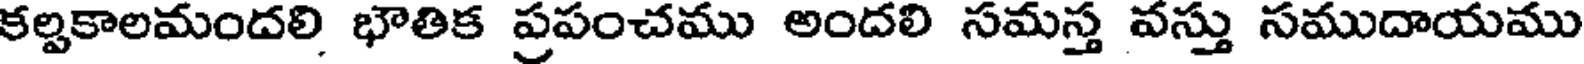
కల్పకాలమందలి భౌతిక ప్రపంచము అందలి సమస్త వస్తు సముదాయము